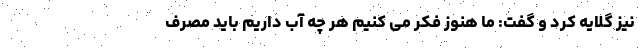
نیز گلایه کرد و گفت: ما هنوز فکر می کنیم هر چه آب داریم باید مصرف